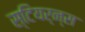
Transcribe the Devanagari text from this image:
स्टियर्न्स